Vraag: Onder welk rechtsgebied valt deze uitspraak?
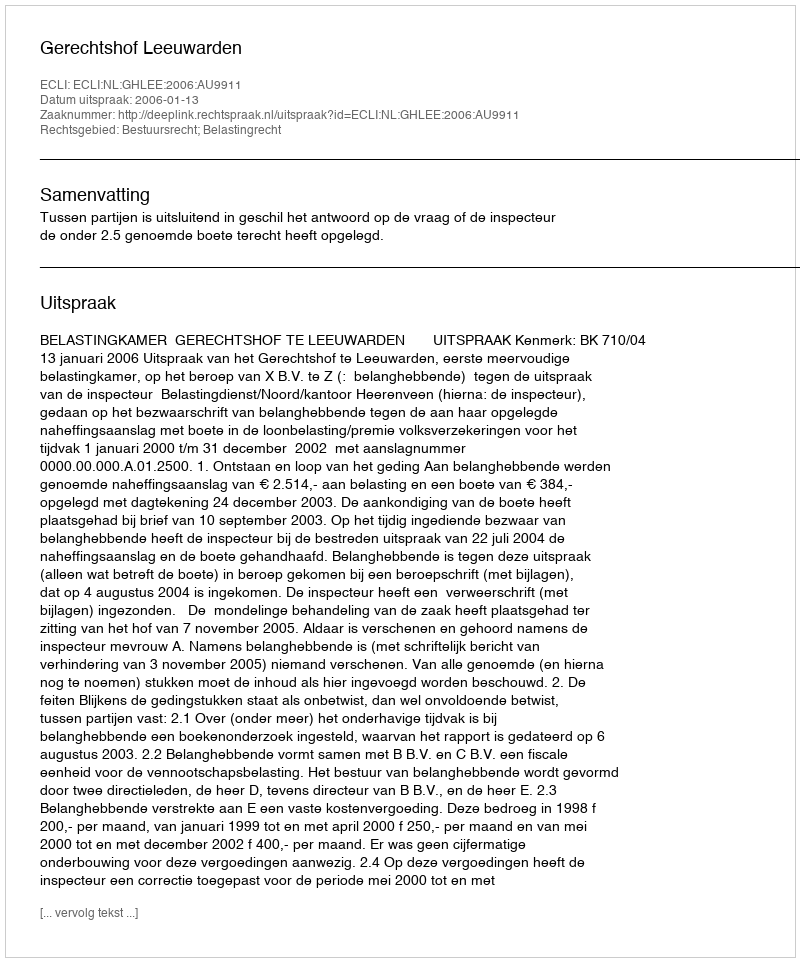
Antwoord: Bestuursrecht; Belastingrecht